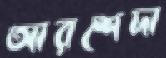
আরশেদা